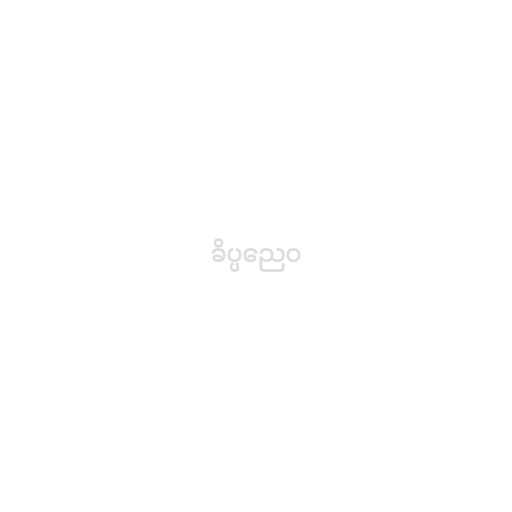
ခိပ္ပညေဝ